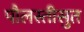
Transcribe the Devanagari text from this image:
पौलस्तीसुत